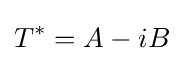
T^{*}=A-iB